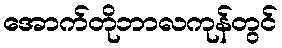
အောက်တိုဘာလကုန်တွင်